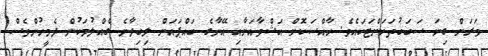
ވަރަށް ގިނަ ސަބަބުތަކަށްޓަކައެވެ. ހާއްސަކޮށް އަޝްވާއަށާއި އޭނާގެ ބައްޕައަށް ލިބިދާނެ ގެއްލުމަކުން ދެމީހުންވެސް